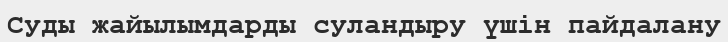
Суды жайылымдарды суландыру үшін пайдалану